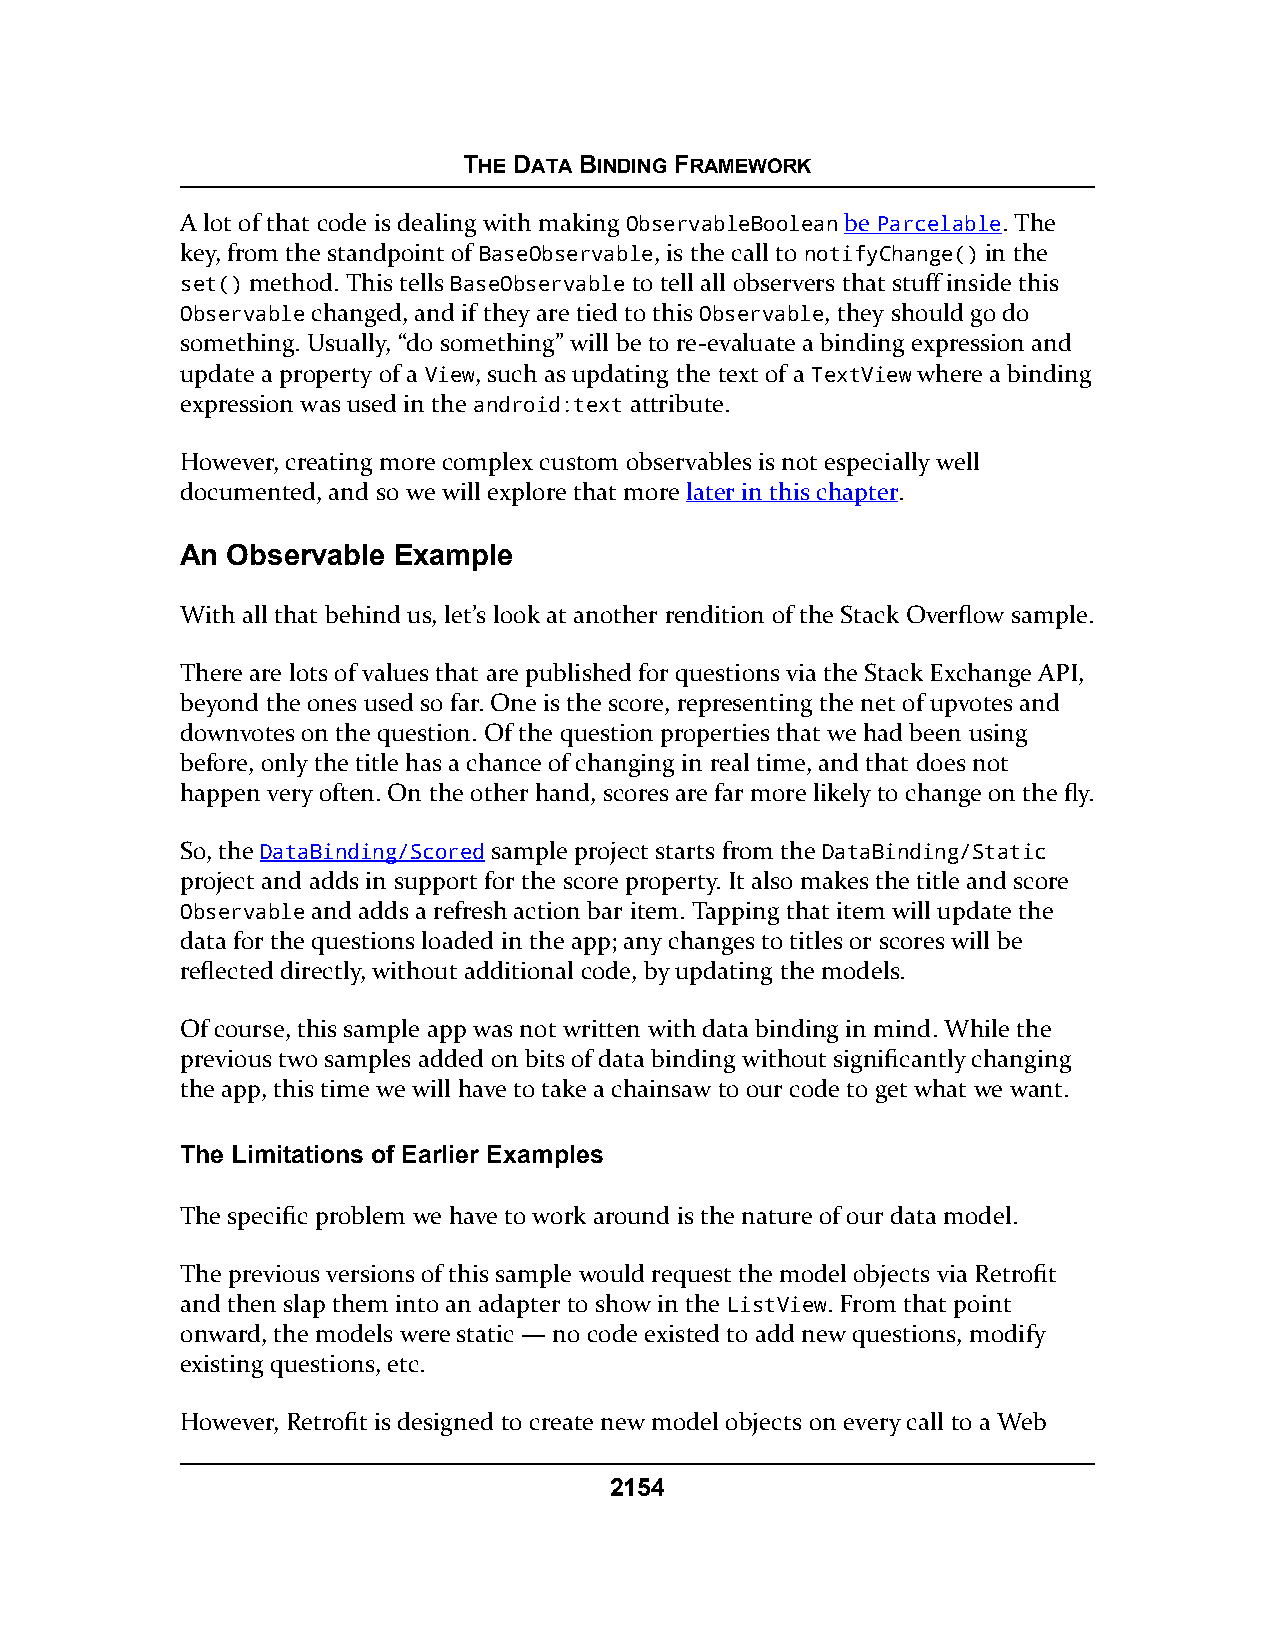
THE DATA BINDING FRAMEWORK
 A lot of that code is dealing with making ObservableBoolean be Parcelable. The
 key, from the standpoint of BaseObservable, is the call to notifyChange() in the
 set() method. This tells BaseObservable to tell all observers that stuff inside this
 Observable changed, and if they are tied to this Observable, they should go do
 something. Usually, “do something” will be to re-evaluate a binding expression and
 update a property of a View, such as updating the text of a TextView where a binding
 expression was used in the android:text attribute.
 However, creating more complex custom observables is not especially well
 documented, and so we will explore that more later in this chapter.
 An Observable Example
 With all that behind us, let’s look at another rendition of the Stack Overflow sample.
 There are lots of values that are published for questions via the Stack Exchange API,
 beyond the ones used so far. One is the score, representing the net of upvotes and
 downvotes on the question. Of the question properties that we had been using
 before, only the title has a chance of changing in real time, and that does not
 happen very often. On the other hand, scores are far more likely to change on the fly.
 So, the DataBinding/Scored sample project starts from the DataBinding/Static
 project and adds in support for the score property. It also makes the title and score
 Observable and adds a refresh action bar item. Tapping that item will update the
 data for the questions loaded in the app; any changes to titles or scores will be
 reflected directly, without additional code, by updating the models.
 Of course, this sample app was not written with data binding in mind. While the
 previous two samples added on bits of data binding without significantly changing
 the app, this time we will have to take a chainsaw to our code to get what we want.
 The Limitations of Earlier Examples
 The specific problem we have to work around is the nature of our data model.
 The previous versions of this sample would request the model objects via Retrofit
 and then slap them into an adapter to show in the ListView. From that point
 onward, the models were static — no code existed to add new questions, modify
 existing questions, etc.
 However, Retrofit is designed to create new model objects on every call to a Web
 2154